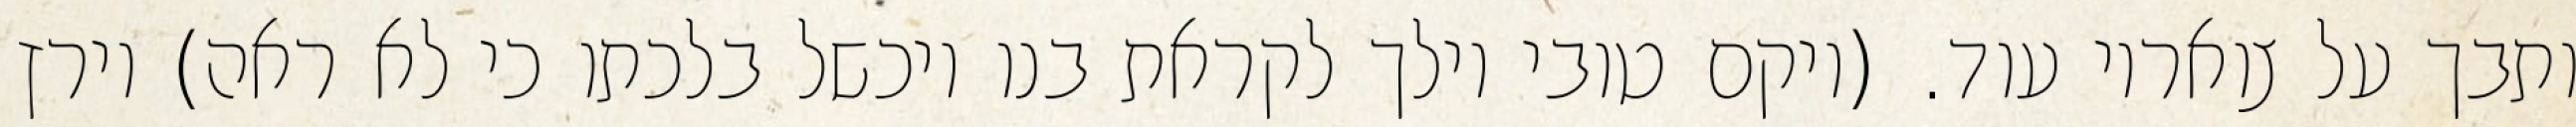
ותבך על צואריו עוד. (ויקם טובי וילך לקראת בנו ויכשל בלכתו כי לא ראה) וירץ